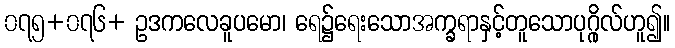
၀၇၅+၀၇၆+ ဥဒကလေခူပမော၊ ရေ၌ရေးသောအက္ခရာနှင့်တူသောပုဂ္ဂိုလ်ဟူ၍။